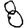
Digit: 8